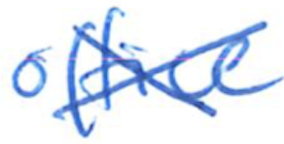
Text: office
Cross-out: mix
Writing tool: ballpoint